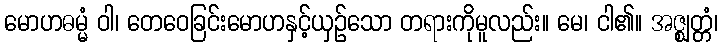
မောဟဓမ္မံ ဝါ၊ တေဝေခြင်းမောဟနှင့်ယှဉ်သော တရားကိုမူလည်း။ မေ၊ ငါ၏။ အဇ္ဈတ္တံ၊